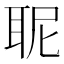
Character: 𮋯